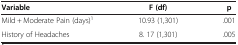
| Variable | F (df) | p |
 | --- | --- | --- |
 | Mild + Moderate Pain (days)1 | 10.93 (1,301) | .001 |
 | History of Headaches | 8. 17 (1,301) | .005 |